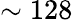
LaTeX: \sim 128